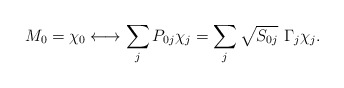
\begin{align*}M_0 = \chi_0 \longleftrightarrow \sum_j P_{0j} \chi_{j}= \sum_j \sqrt{S_{0j}} \ \Gamma_j \chi_{j}.\end{align*}